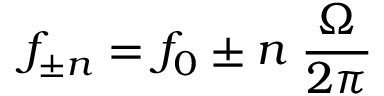
f _ { \pm n } = f _ { 0 } \pm n \; \frac { \Omega } { 2 \pi }